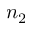
n _ { 2 }